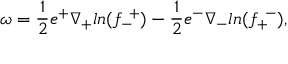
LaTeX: \omega = { \frac { 1 } { 2 } } e ^ { + } \nabla _ { + } l n ( f _ { - } ^ { ~ + } ) - { \frac { 1 } { 2 } } e ^ { - } \nabla _ { - } l n ( f _ { + } ^ { ~ - } ) ,